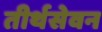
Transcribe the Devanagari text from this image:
तीर्थसेवन